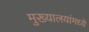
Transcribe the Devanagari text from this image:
मुख्यालयांमध्ये